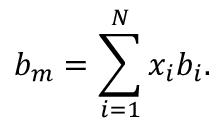
b _ { m } = \sum _ { i = 1 } ^ { N } x _ { i } b _ { i } .